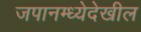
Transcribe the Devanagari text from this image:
जपानम्ध्येदेखील